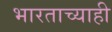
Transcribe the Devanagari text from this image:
भारताच्याही